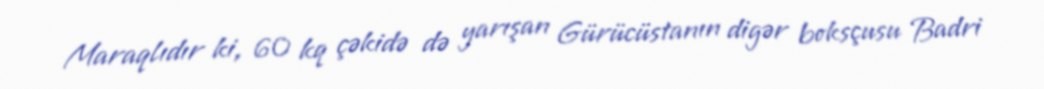
Maraqlıdır ki, 60 kq çəkidə də yarışan Gürücüstanın digər boksçusu Badri